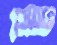
ששכן